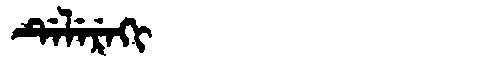
Manchu: ᡩᡝᠯᡝᡵᡝᡴᡳ
Romanization: DELEREKI